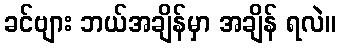
ခင်ဗျား ဘယ်အချိန်မှာ အချိန် ရလဲ။